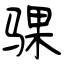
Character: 骒